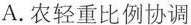
A.农轻重比例协调